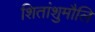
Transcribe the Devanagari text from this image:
शितांशुमौलि